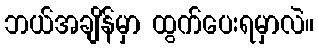
ဘယ်အချိန်မှာ ထွက်ပေးရမှာလဲ။